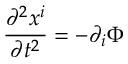
\frac { \partial ^ { 2 } x ^ { i } } { \partial t ^ { 2 } } = - \partial _ { i } \Phi